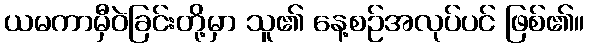
ယမကာမှီဝဲခြင်းတို့မှာ သူ၏ နေ့စဉ်အလုပ်ပင် ဖြစ်၏။